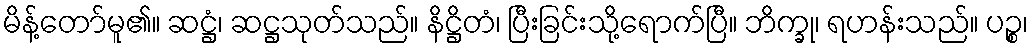
မိန့်တော်မူ၏။ ဆဋ္ဌံ၊ ဆဋ္ဌသုတ်သည်။ နိဋ္ဌိတံ၊ ပြီးခြင်းသို့ရောက်ပြီ။ ဘိက္ခု၊ ရဟန်းသည်။ ပဉ္စ၊